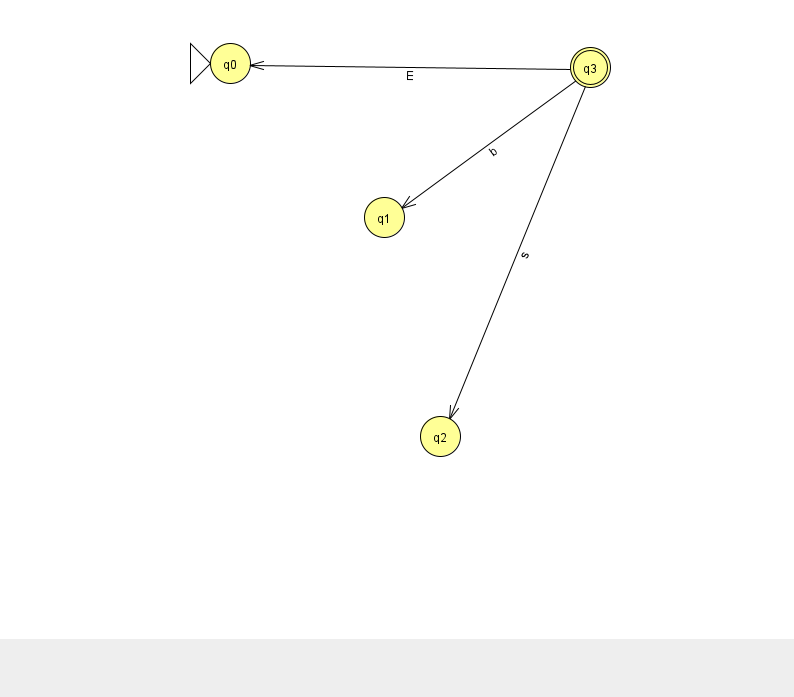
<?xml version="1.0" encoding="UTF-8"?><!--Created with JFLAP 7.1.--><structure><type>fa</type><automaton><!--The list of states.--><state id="0" name="q0"><x>230.0</x><y>50.0</y><initial/></state><state id="1" name="q1"><x>384.0</x><y>204.0</y></state><state id="2" name="q2"><x>440.0</x><y>423.0</y></state><state id="3" name="q3"><x>590.0</x><y>54.0</y><final/></state><!--The list of transitions.--><transition><from>3</from><to>1</to><read>b</read></transition><transition><from>3</from><to>2</to><read>s</read></transition><transition><from>3</from><to>0</to><read>E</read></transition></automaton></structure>